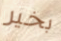
بخير